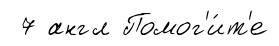
7 англ Помог'и́т'е